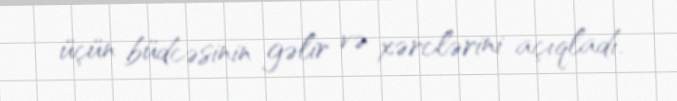
üçün büdcəsinin gəlir və xərclərini açıqladı.